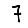
Digit: 7